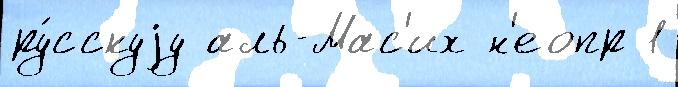
ру́сскуjу аль-Мас'их н'еопр 1